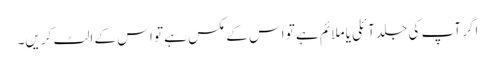
اگر آپ کی جلد آئلی یا ملائم ہے تو اس کے مکس ہے تو اس کے الٹ کریں۔